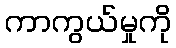
ကာကွယ်မှုကို